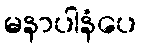
မနာပါနံပေ